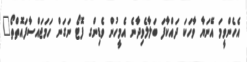
އެހެންވީމަ އޭނަޔާ ވާހަކަ ދައްކާފަ ބަލާލެވިދާނެ އެމީހުން ވެޑިންގ ފޮޓޯ ނަގަން ހަމަޖައްސާފައޮތްތޯ"